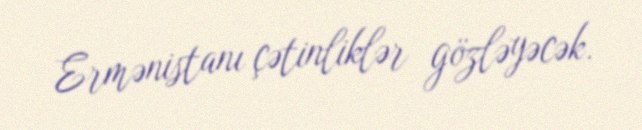
Ermənistanı çətinliklər gözləyəcək.